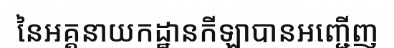
នៃអគ្គនាយកដ្ឋានកីឡាបានអញ្ជើញ